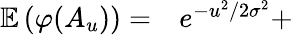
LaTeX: \begin{array}{rl}{\mathbb{E}\left(\varphi(A_{u})\right)=}&{{}e^{-{u^{2}/2\sigma^{2}}}+}\end{array}